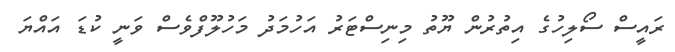
ރައީސް ސޯލިހުގެ އިތުރުން ޔޫތު މިނިސްޓަރު އަހުމަދު މަހުލޫފްވެސް ވަނީ ކުޑަ އައްޔަ